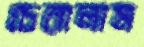
চেরালাম